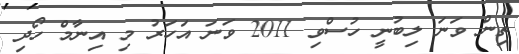
ތިން ވަނަ ލިބުނީ ހުސްވި 2011 ވަނަ އަހަރު މި އިނާމް ހޯދި